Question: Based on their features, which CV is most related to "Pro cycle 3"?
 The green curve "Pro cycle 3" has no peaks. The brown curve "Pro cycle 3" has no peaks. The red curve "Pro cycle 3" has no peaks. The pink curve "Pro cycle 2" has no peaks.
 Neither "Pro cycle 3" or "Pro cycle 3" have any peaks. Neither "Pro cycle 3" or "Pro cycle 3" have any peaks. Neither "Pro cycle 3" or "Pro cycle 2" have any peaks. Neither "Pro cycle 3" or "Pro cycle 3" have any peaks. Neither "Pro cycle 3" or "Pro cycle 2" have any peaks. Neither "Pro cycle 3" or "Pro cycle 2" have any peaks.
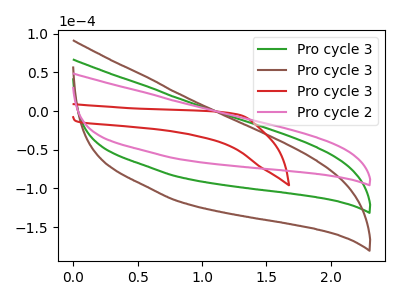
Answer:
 <answer>"Pro cycle 3", "Pro cycle 3" and "Pro cycle 3" have a similar shape to "Pro cycle 2".</answer>
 <eval>"Pro cycle 3" "Pro cycle 3" "Pro cycle 3"</eval>